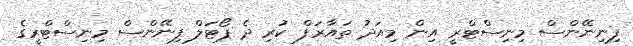
ފިނިނޭންސް މިނިސްޓްރީ އިން މިއަދު ތައާރަފް ކުރި ދެ ޕޯޓަލް ފިނޭންސް މިނިސްޓްރީގެ